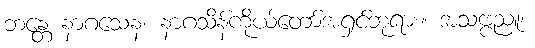
ဘန္တေ နာဂသေန၊ နာဂသိန်ကိုယ်တော်အရှင်ဘုရား။ အသဗ္ဗညူ၊